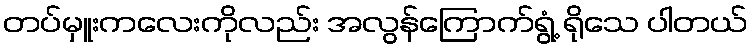
တပ်မှူးကလေးကိုလည်း အလွန်ကြောက်ရွံ့ ရိုသေ ပါတယ်